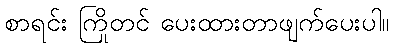
စာရင်း ကြိုတင် ပေးထားတာဖျက်ပေးပါ။